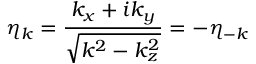
\eta _ { k } = \frac { k _ { x } + i k _ { y } } { \sqrt { k ^ { 2 } - k _ { z } ^ { 2 } } } = - \eta _ { - k }